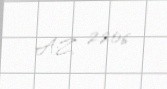
AZ 2206